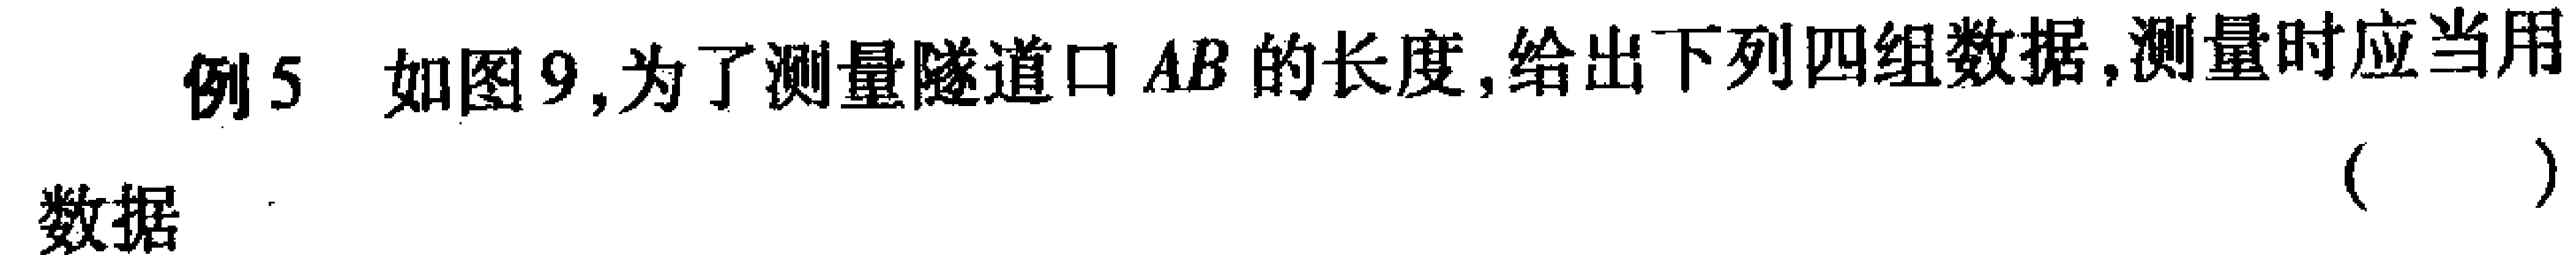
例5 如图9,为了测量隧道口 \(AB\) 的长度,给出下列四组数据,测量时应当用数据（  ）